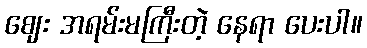
ဈေး အရမ်းမကြီးတဲ့ နေရာ ပေးပါ။